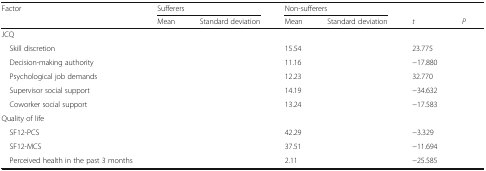
<table><thead><tr><td><b>Factor</b></td><td colspan="2"><b>Sufferers</b></td><td colspan="2"><b>Non-sufferers</b></td><td>[EMPTY_CELL]</td><td>[EMPTY_CELL]</td></tr><tr><td>[EMPTY_CELL]</td><td><b>Mean</b></td><td><b>Standard deviation</b></td><td><b>Mean</b></td><td><b>Standard deviation</b></td><td><b><i>t</i></b></td><td><b><i>P</i></b></td></tr></thead><tbody><tr><td colspan="7">JCQ</td></tr><tr><td> Skill discretion</td><td>[EMPTY_CELL]</td><td>[EMPTY_CELL]</td><td>15.54</td><td>[EMPTY_CELL]</td><td>23.775</td><td>[EMPTY_CELL]</td></tr><tr><td> Decision-making authority</td><td>[EMPTY_CELL]</td><td>[EMPTY_CELL]</td><td>11.16</td><td>[EMPTY_CELL]</td><td>−17.880</td><td>[EMPTY_CELL]</td></tr><tr><td> Psychological job demands</td><td>[EMPTY_CELL]</td><td>[EMPTY_CELL]</td><td>12.23</td><td>[EMPTY_CELL]</td><td>32.770</td><td>[EMPTY_CELL]</td></tr><tr><td> Supervisor social support</td><td>[EMPTY_CELL]</td><td>[EMPTY_CELL]</td><td>14.19</td><td>[EMPTY_CELL]</td><td>−34.632</td><td>[EMPTY_CELL]</td></tr><tr><td> Coworker social support</td><td>[EMPTY_CELL]</td><td>[EMPTY_CELL]</td><td>13.24</td><td>[EMPTY_CELL]</td><td>−17.583</td><td>[EMPTY_CELL]</td></tr><tr><td colspan="7">Quality of life</td></tr><tr><td> SF12-PCS</td><td>[EMPTY_CELL]</td><td>[EMPTY_CELL]</td><td>42.29</td><td>[EMPTY_CELL]</td><td>−3.329</td><td>[EMPTY_CELL]</td></tr><tr><td> SF12-MCS</td><td>[EMPTY_CELL]</td><td>[EMPTY_CELL]</td><td>37.51</td><td>[EMPTY_CELL]</td><td>−11.694</td><td>[EMPTY_CELL]</td></tr><tr><td> Perceived health in the past 3 months</td><td>[EMPTY_CELL]</td><td>[EMPTY_CELL]</td><td>2.11</td><td>[EMPTY_CELL]</td><td>−25.585</td><td>[EMPTY_CELL]</td></tr></tbody></table>